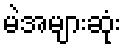
မဲအများဆုံး